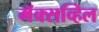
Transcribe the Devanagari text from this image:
मॅक्सव्हिल